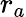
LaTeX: r_{a}